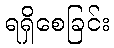
ရရှိစေခြင်း